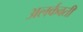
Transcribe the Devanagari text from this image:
अलर्कवती